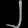
Digit: ၂